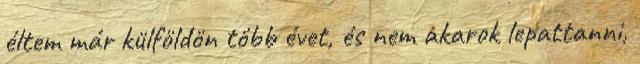
éltem már külföldön több évet, és nem akarok lepattanni,